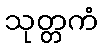
သုတ္တကံ